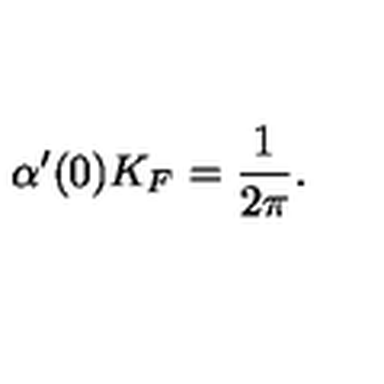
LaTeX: \alpha ^ { \prime } ( 0 ) K _ { F } = \frac { 1 } { 2 \pi } .